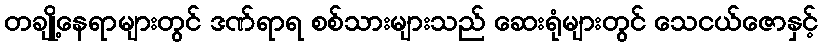
တချို့နေရာများတွင် ဒဏ်ရာရ စစ်သားများသည် ဆေးရုံများတွင် သေငယ်ဇောနှင့်